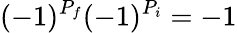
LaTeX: (-1)^{P_{f}}(-1)^{P_{i}}=-1